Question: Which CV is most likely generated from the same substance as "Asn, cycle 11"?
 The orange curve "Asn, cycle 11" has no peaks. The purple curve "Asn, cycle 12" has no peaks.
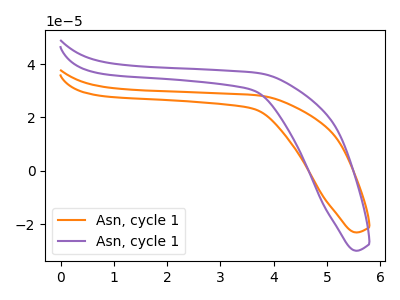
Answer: <think>Neither "Asn, cycle 11" or "Asn, cycle 12" have any peaks.
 </think>
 <answer>The CV with the most similar shape to "Asn, cycle 12" is "Asn, cycle 11".</answer>
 <eval>"Asn, cycle 11"</eval>